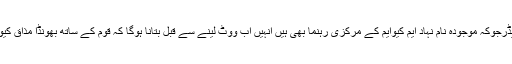
اپوزیشن لیڈرجوکہ موجودہ نام نہاد ایم کیوایم کے مرکزی رہنما بھی ہیں انہیں اب ووٹ لینے سے قبل بتانا ہوگا کہ قوم کے ساتھ بھونڈا مذاق کیوں کیا گیا۔